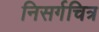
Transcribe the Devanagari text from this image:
निसर्गचित्र